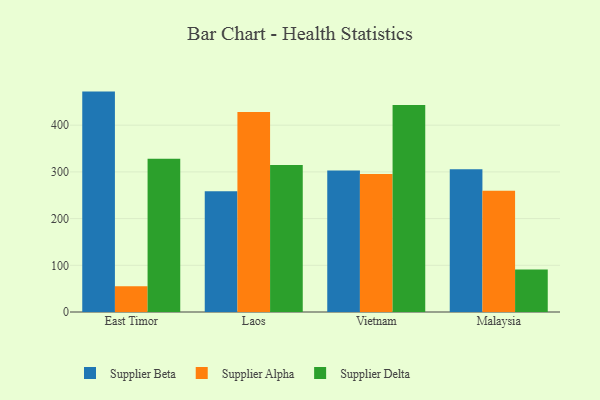
{"axis": {"x": "Country", "y": "Satisfaction Score"}, "legend": ["Supplier Alpha", "Supplier Beta", "Supplier Delta"], "data": [{"x": "East Timor", "y": 471.9, "type": "Supplier Beta"}, {"x": "East Timor", "y": 55.3, "type": "Supplier Alpha"}, {"x": "East Timor", "y": 328.2, "type": "Supplier Delta"}, {"x": "Laos", "y": 258.3, "type": "Supplier Beta"}, {"x": "Laos", "y": 428.4, "type": "Supplier Alpha"}, {"x": "Laos", "y": 314.9, "type": "Supplier Delta"}, {"x": "Vietnam", "y": 302.7, "type": "Supplier Beta"}, {"x": "Vietnam", "y": 295.5, "type": "Supplier Alpha"}, {"x": "Vietnam", "y": 443.4, "type": "Supplier Delta"}, {"x": "Malaysia", "y": 305.6, "type": "Supplier Beta"}, {"x": "Malaysia", "y": 259.8, "type": "Supplier Alpha"}, {"x": "Malaysia", "y": 91.2, "type": "Supplier Delta"}]}